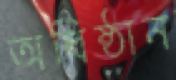
অধিষ্ঠান